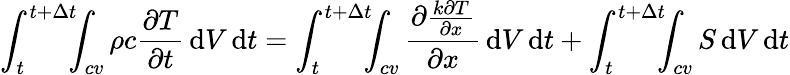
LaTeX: \int_{t}^{t+\Delta t}\! \! \! \int_{cv}\rho c{\frac{\partial T}{\partial t}}\, \mathrm{d}V\, \mathrm{d}t=\int_{t}^{t+\Delta t}\! \! \! \int_{cv}{\frac{\partial{\frac{k\partial T}{\partial x}}}{\partial x}}\, \mathrm{d}V\, \mathrm{d}t+\int_{t}^{t+\Delta t}\! \! \! \int_{cv}S\, \mathrm{d}V\, \mathrm{d}t